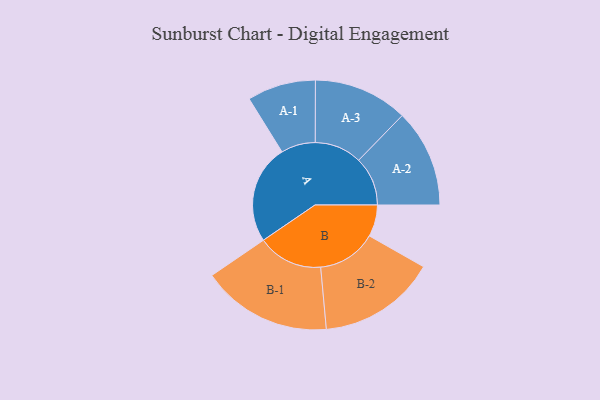
{"axis": {"x": "Segment", "y": "Value"}, "legend": ["", "A", "B"], "data": [{"x": "A", "y": 384, "type": ""}, {"x": "B", "y": 123, "type": ""}, {"x": "A-1", "y": 133, "type": "A"}, {"x": "A-2", "y": 190, "type": "A"}, {"x": "A-3", "y": 183, "type": "A"}, {"x": "B-1", "y": 253, "type": "B"}, {"x": "B-2", "y": 229, "type": "B"}]}